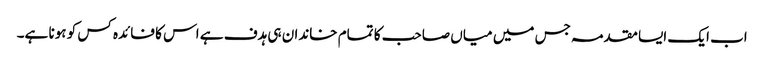
اب ایک ایسا مقدمہ جس میں میاں صاحب کا تمام خاندان ہی ہدف ہے اس کا فائدہ کس کو ہونا ہے۔